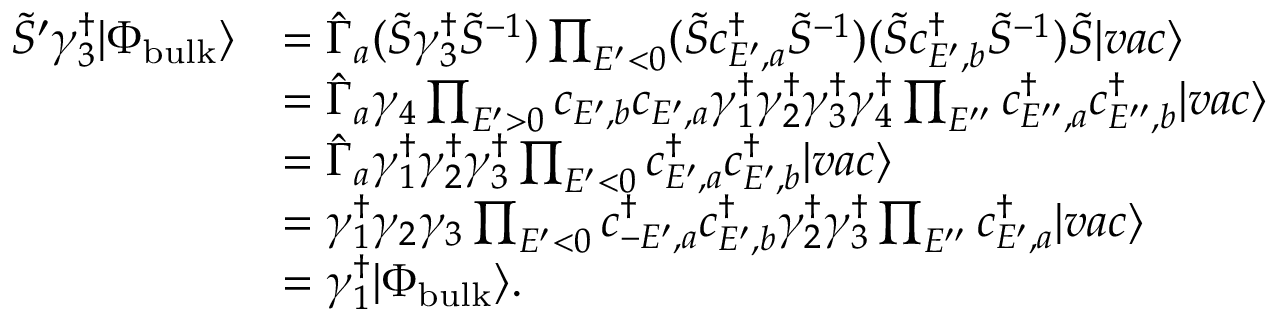
\begin{array} { r l } { \tilde { S } ^ { \prime } \gamma _ { 3 } ^ { \dagger } | \Phi _ { \mathrm { b u l k } } \rangle } & { = \hat { \Gamma } _ { a } ( \tilde { S } \gamma _ { 3 } ^ { \dagger } \tilde { S } ^ { - 1 } ) \prod _ { E ^ { \prime } < 0 } ( \tilde { S } c _ { E ^ { \prime } , a } ^ { \dagger } \tilde { S } ^ { - 1 } ) ( \tilde { S } c _ { E ^ { \prime } , b } ^ { \dagger } \tilde { S } ^ { - 1 } ) \tilde { S } | v a c \rangle } \\ & { = \hat { \Gamma } _ { a } \gamma _ { 4 } \prod _ { E ^ { \prime } > 0 } c _ { E ^ { \prime } , b } c _ { E ^ { \prime } , a } \gamma _ { 1 } ^ { \dagger } \gamma _ { 2 } ^ { \dagger } \gamma _ { 3 } ^ { \dagger } \gamma _ { 4 } ^ { \dagger } \prod _ { E ^ { \prime \prime } } c _ { E ^ { \prime \prime } , a } ^ { \dagger } c _ { E ^ { \prime \prime } , b } ^ { \dagger } | v a c \rangle } \\ & { = \hat { \Gamma } _ { a } \gamma _ { 1 } ^ { \dagger } \gamma _ { 2 } ^ { \dagger } \gamma _ { 3 } ^ { \dagger } \prod _ { E ^ { \prime } < 0 } c _ { E ^ { \prime } , a } ^ { \dagger } c _ { E ^ { \prime } , b } ^ { \dagger } | v a c \rangle } \\ & { = \gamma _ { 1 } ^ { \dagger } \gamma _ { 2 } \gamma _ { 3 } \prod _ { E ^ { \prime } < 0 } c _ { - E ^ { \prime } , a } ^ { \dagger } c _ { E ^ { \prime } , b } ^ { \dagger } \gamma _ { 2 } ^ { \dag } \gamma _ { 3 } ^ { \dag } \prod _ { E ^ { \prime \prime } } c _ { E ^ { \prime } , a } ^ { \dagger } | v a c \rangle } \\ & { = \gamma _ { 1 } ^ { \dagger } | \Phi _ { \mathrm { b u l k } } \rangle . } \end{array}